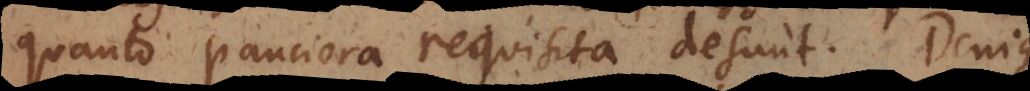
quanto pauciora requisita desunt. Denique